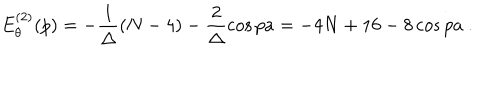
E _ { \theta } ^ { ( 2 ) } ( p ) = - \frac { 1 } { \Delta } ( N - 4 ) - \frac { 2 } { \Delta } \cos p a = - 4 N + 1 6 - 8 \cos p a \ .